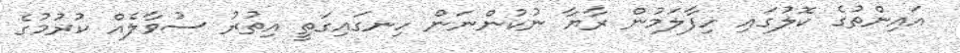
އައިންތުގެ ކޮލުގައި ހިފާލަމުން ރާޔާ ނުކުންނަން ހިނގައިގަތީ އިތުރު ސުވާލެއް ކުރުމުގެ